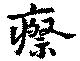
瘵